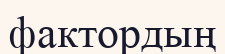
фактордың